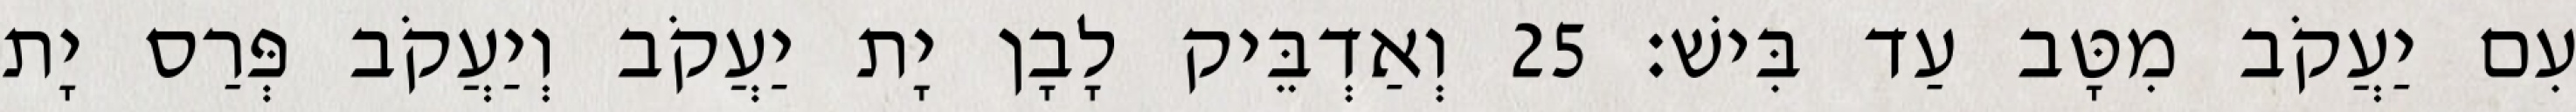
עִם יַעֲקֹב מִטָּב עַד בִּישׁ׃ 25 וְאַדְבֵּיק לָבָן יָת יַעֲקֹב וְיַעֲקֹב פְּרַס יָת